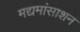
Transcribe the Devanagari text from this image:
मद्यमांसाशन